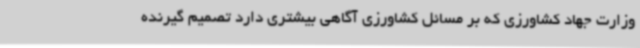
وزارت جهاد کشاورزی که بر مسائل کشاورزی آگاهی بیشتری دارد تصمیم گیرنده